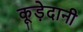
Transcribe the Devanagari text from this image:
कूड़ेदानी